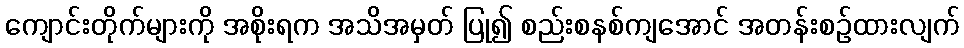
ကျောင်းတိုက်များကို အစိုးရက အသိအမှတ် ပြု၍ စည်းစနစ်ကျအောင် အတန်းစဉ်ထားလျက်